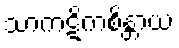
သာကဋိကစိန္တာယ